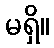
မရှိ။